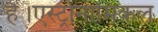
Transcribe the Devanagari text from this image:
हैं।एस्ट्रोनामिकल